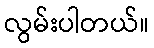
လွမ်းပါတယ်။